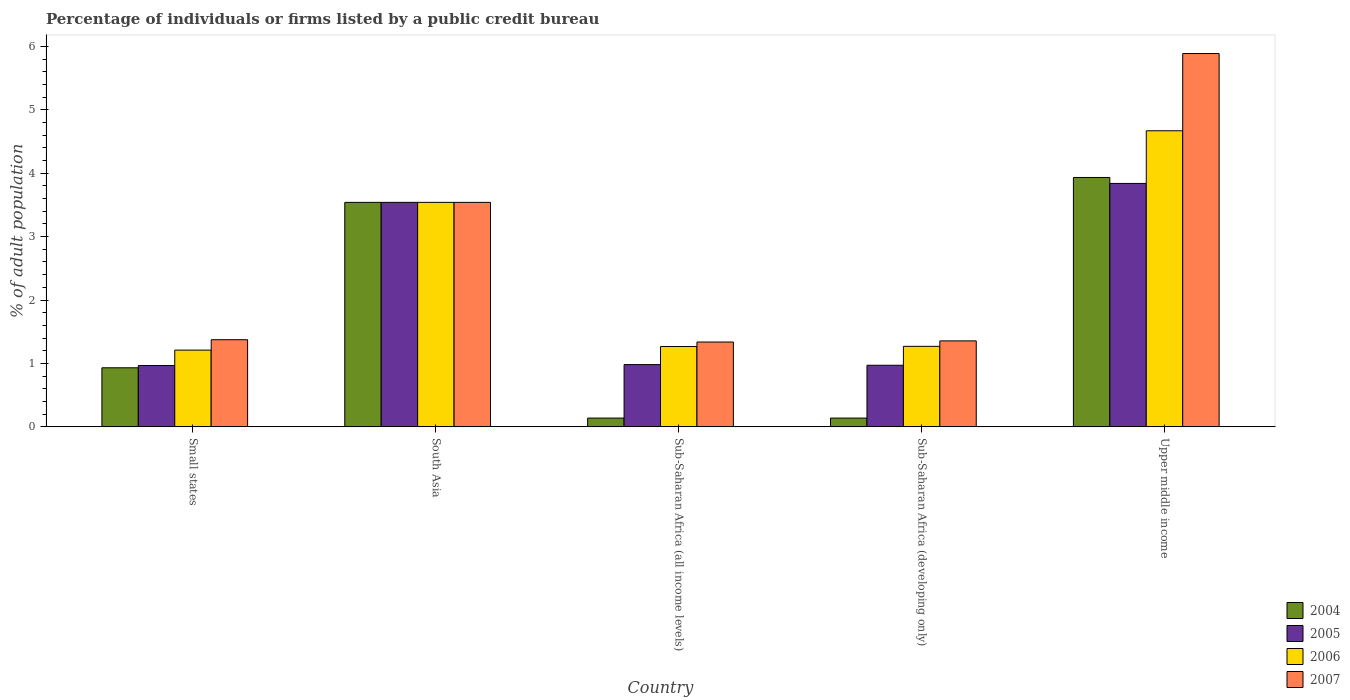
| Country | 2004 | 2005 | 2006 | 2007 |
 | --- | --- | --- | --- | --- |
 | Small states | 0.932 | 0.968 | 1.21 | 1.37 |
 | South Asia | 3.54 | 3.54 | 3.54 | 3.54 |
 | Sub-Saharan Africa (all income levels) | 0.139 | 0.982 | 1.27 | 1.34 |
 | Sub-Saharan Africa (developing only) | 0.139 | 0.971 | 1.27 | 1.36 |
 | Upper middle income | 3.93 | 3.84 | 4.67 | 5.89 |